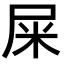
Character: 屎